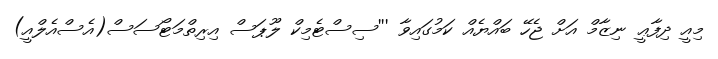
މިއީ ދިފާޢީ ނިޒާމް އަށް ޖެހޭ ބައްޔެއް ކަމުގައިވާ '''ސިސްޓެމިކް ލޫޕަސް އިރިތްމަޓޯސަސް(އެސްއެލްއީ)